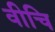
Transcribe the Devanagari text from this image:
वीचि